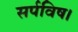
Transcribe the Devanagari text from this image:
सर्पविष।